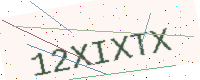
Text: 12XIXTX